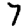
Digit: 7